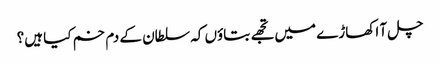
چل آ اکھاڑے میں تجھے بتاؤں کہ سلطان کے دم خم کیا ہیں؟